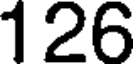
126